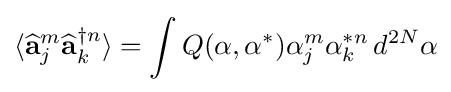
\langle {\widehat {\mathbf {a} }}_{j}^{m}{\widehat {\mathbf {a} }}_{k}^{\dagger n}\rangle =\int Q(\mathbf {\alpha } ,\mathbf {\alpha } ^{*})\alpha _{j}^{m}\alpha _{k}^{*n}\,d^{2N}\mathbf {\alpha }